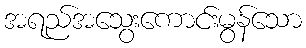
အရည်အသွေးကောင်းမွန်သော